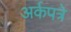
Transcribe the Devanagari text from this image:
अर्कपत्रे